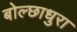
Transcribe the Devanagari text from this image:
बोल्छाधुरा